Statistical return of the lunatic asylum in Assam - 1912-1932
Year: 1912
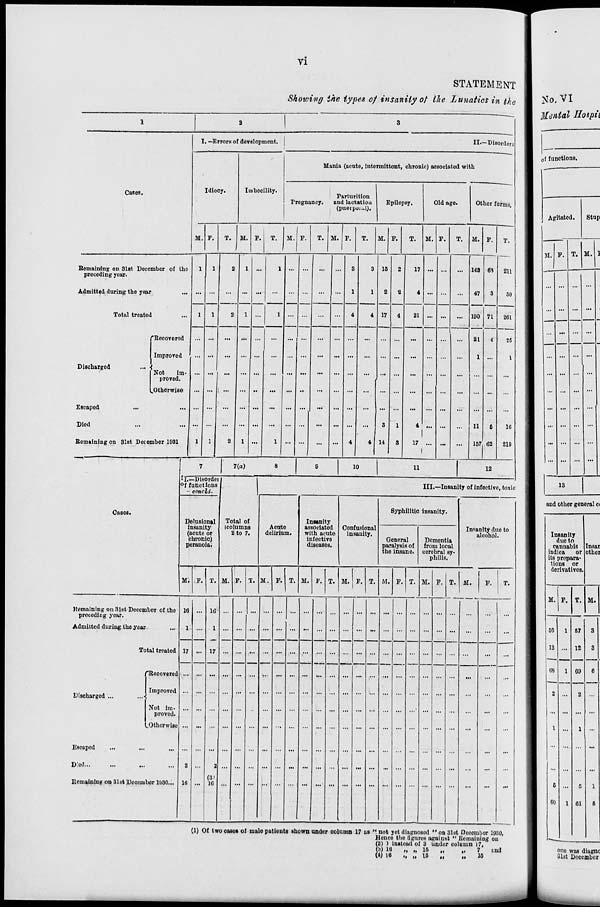
VI
STATEMENT
Showing ihe types of insanity of the Lunatics in the
I. —Errors of development
II.- -Disorderr,
Idiocy.
Imbecility.
Mania (acute, intermittent, chronic) associated with
Cases.
Parturition
Pregnancy.
and lactatioa
Epilepsy,
(pueipei^l).
Old age.
Other forms.
M. F.
T. M. F.
T.
M. F.
T. M. F.
T.
M. F.
T.
M. F.
T. M. F.
T.
Bemaining on 31st December of tho
preceding year.
1
1
2
1 ...
1 ... ...
...
...
3
3 15
2
17 ... ...
... 143 69
211
Admitted during the year
1
1
2
1
...
...
...
...
1
4
1
2
2
4 ... ...
...
47
190
3
71
50
Total treated
1 ... ...
...
4 17
4
21 ... ...
...
261
'Becovered
... ...
...
... ...
•"
... | ...
...
...
... ...
...
21
4
25
Improved '. ... ...
...
... ...
...
... ...
...
... ...
...
...
1 ...
1
Discharged
Not
Im-
proved.
.Otherwise
... ...
...
... ...
...
...
...
... ...
... 1 ...
... ...
...
... ...
...
Escaped
... ...
...
... ...
...
... ...
...
... ...
... ...
...
... ...
...
Died
... ...
...
... ...
...
...
...
... ...
3
1
4
1 "
...
11
6
16
Bemaining on Slst December 1931
1
1
2
1 ...
1
...
...
...
4
4 14
S
17 ...
!
...
...
157 62
219
r
7
7(a)
8
9
10
11
12
11.—Disordc
°f functions
- concld.
Total of
icolumns
2 to 7.
III.—Insanity of infective, toxic
Cases.
Delusional
insanity
(acute or
chronic)
peranoia.
Acnte
delirium.
■
Insanity
associated
with acute
infective
diseases.
Confusio
insauii
Syphilitic insanity.
Insanity due to
alcohol.
mil
7 -
G
pai
the
eneral
•alysis of
insane.
Dementia
from local
cerebral sy-
philis.
M. F. T. M. F. T. M. F. T. M. F. T. M. F. T. M. F. T. M. F. T. M.
F.
T.
Pemnining on Slst December of tho
preceding year.
16 ... 1*3 ... ... ... ... ... ...
... ... ... ...
... ... ...
...
...
...
Admitted during the year
1 ...
1 ... ... ... ... ... ... ... ... ... ... ...
... ... ...
...
...
...
Total treated 17 ... 17 ... ... ... ... ... ... ... ... ... ... ...
... ... ... ...
...
...
"Recovered ... ... ... ... ... ... ... ... ... ... ... ... ... ...
... ... ...
...
...
...
Discharged ...
1
Improved
Not im-
proved.
.Otherwise
... ... ... ... ...
•
... ... ... ... ... ... ... ...
... ... ...
...
...
...
Escaped
...
...
... ... ... ... ...
...
... ... ... ... ... ...
... ... ...
...
...
D'od...
2 ...
i
... ... ... ... ... ... ... ... ... ...
... ... ...
...
...
...
Remaining on 31st Decembor 1930... 10
(3'
16
n>
(1) Of two cases of malo patients shown under column 17 us " not yet diagnosed " on 31st Docombor 10.J0,
Hvnco the figures against " Bcmniiiiug oil
(2) i hist nut of 3 under column \7,
(b) 16
„ „ 15
„
„
7
r.ud
and other general ct
W 16
., „ 15
ti
•»
15
ono was diagnc
3l8t December
■_